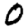
Digit: 0